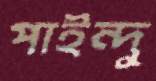
পাইন্দু